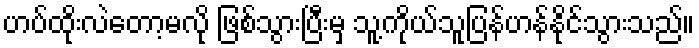
ဟပ်ထိုးလဲတော့မလို ဖြစ်သွားပြီးမှ သူ့ကိုယ်သူပြန်ဟန်နိုင်သွားသည်။